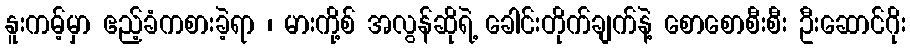
နူးကမ့်မှာ ဧည့်ခံကစားခဲ့ရာ ၊ မားကို့စ် အလွန်ဆိုရဲ့ ခေါင်းတိုက်ချက်နဲ့ စောစောစီးစီး ဦးဆောင်ဂိုး